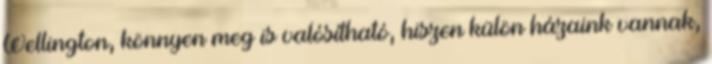
Wellington, könnyen meg is valósítható, hiszen külön házaink vannak,